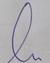
Signature authenticity: genuine